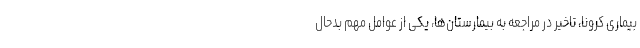
بیماری کرونا، تاخیر در مراجعه به بیمارستان‌ها، یکی از عوامل مهم بدحال